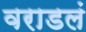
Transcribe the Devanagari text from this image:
वराडलं